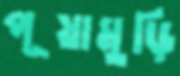
পূয়ামুড়ি